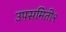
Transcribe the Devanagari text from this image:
उपसमिती९